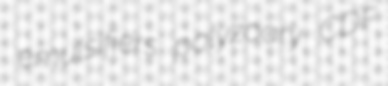
emulsifiers polyzoary CDF